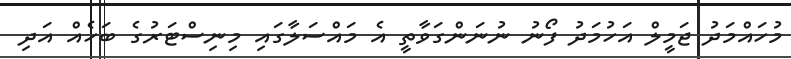
މުހައްމަދު ޖަމީލް އަހުމަދު ފޯނު ނުނަންގަވާތީ އެ މައްސަލާގައި މިނިސްޓަރުގެ ބަހެއް އަދި